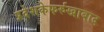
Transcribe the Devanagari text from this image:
प्रदेशकेफर्रुखाबाद